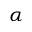
\alpha